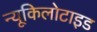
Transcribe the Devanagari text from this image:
न्यूकिलोटाइड